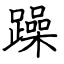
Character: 躁